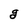
Character: g